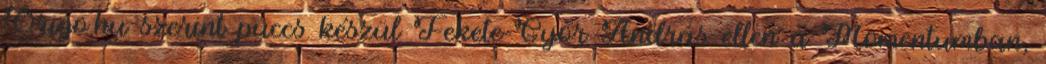
Origo.hu szerint puccs készül Fekete-Győr András ellen a Momentumban,